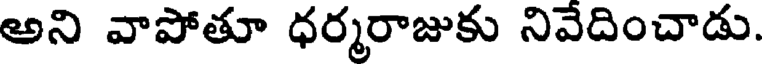
అని వాపోతూ ధర్మరాజుకు నివేదించాడు.